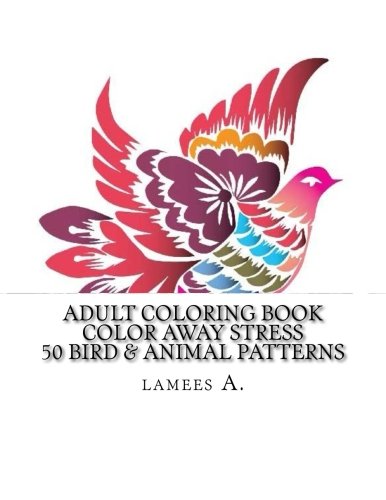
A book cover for Adult Coloring Book: Color Away Stress 50 Bird & Animal Patterns (Adult Coloring Books); lamees A.; Religion & Spirituality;